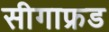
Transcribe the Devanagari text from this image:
सीगाफ्रड